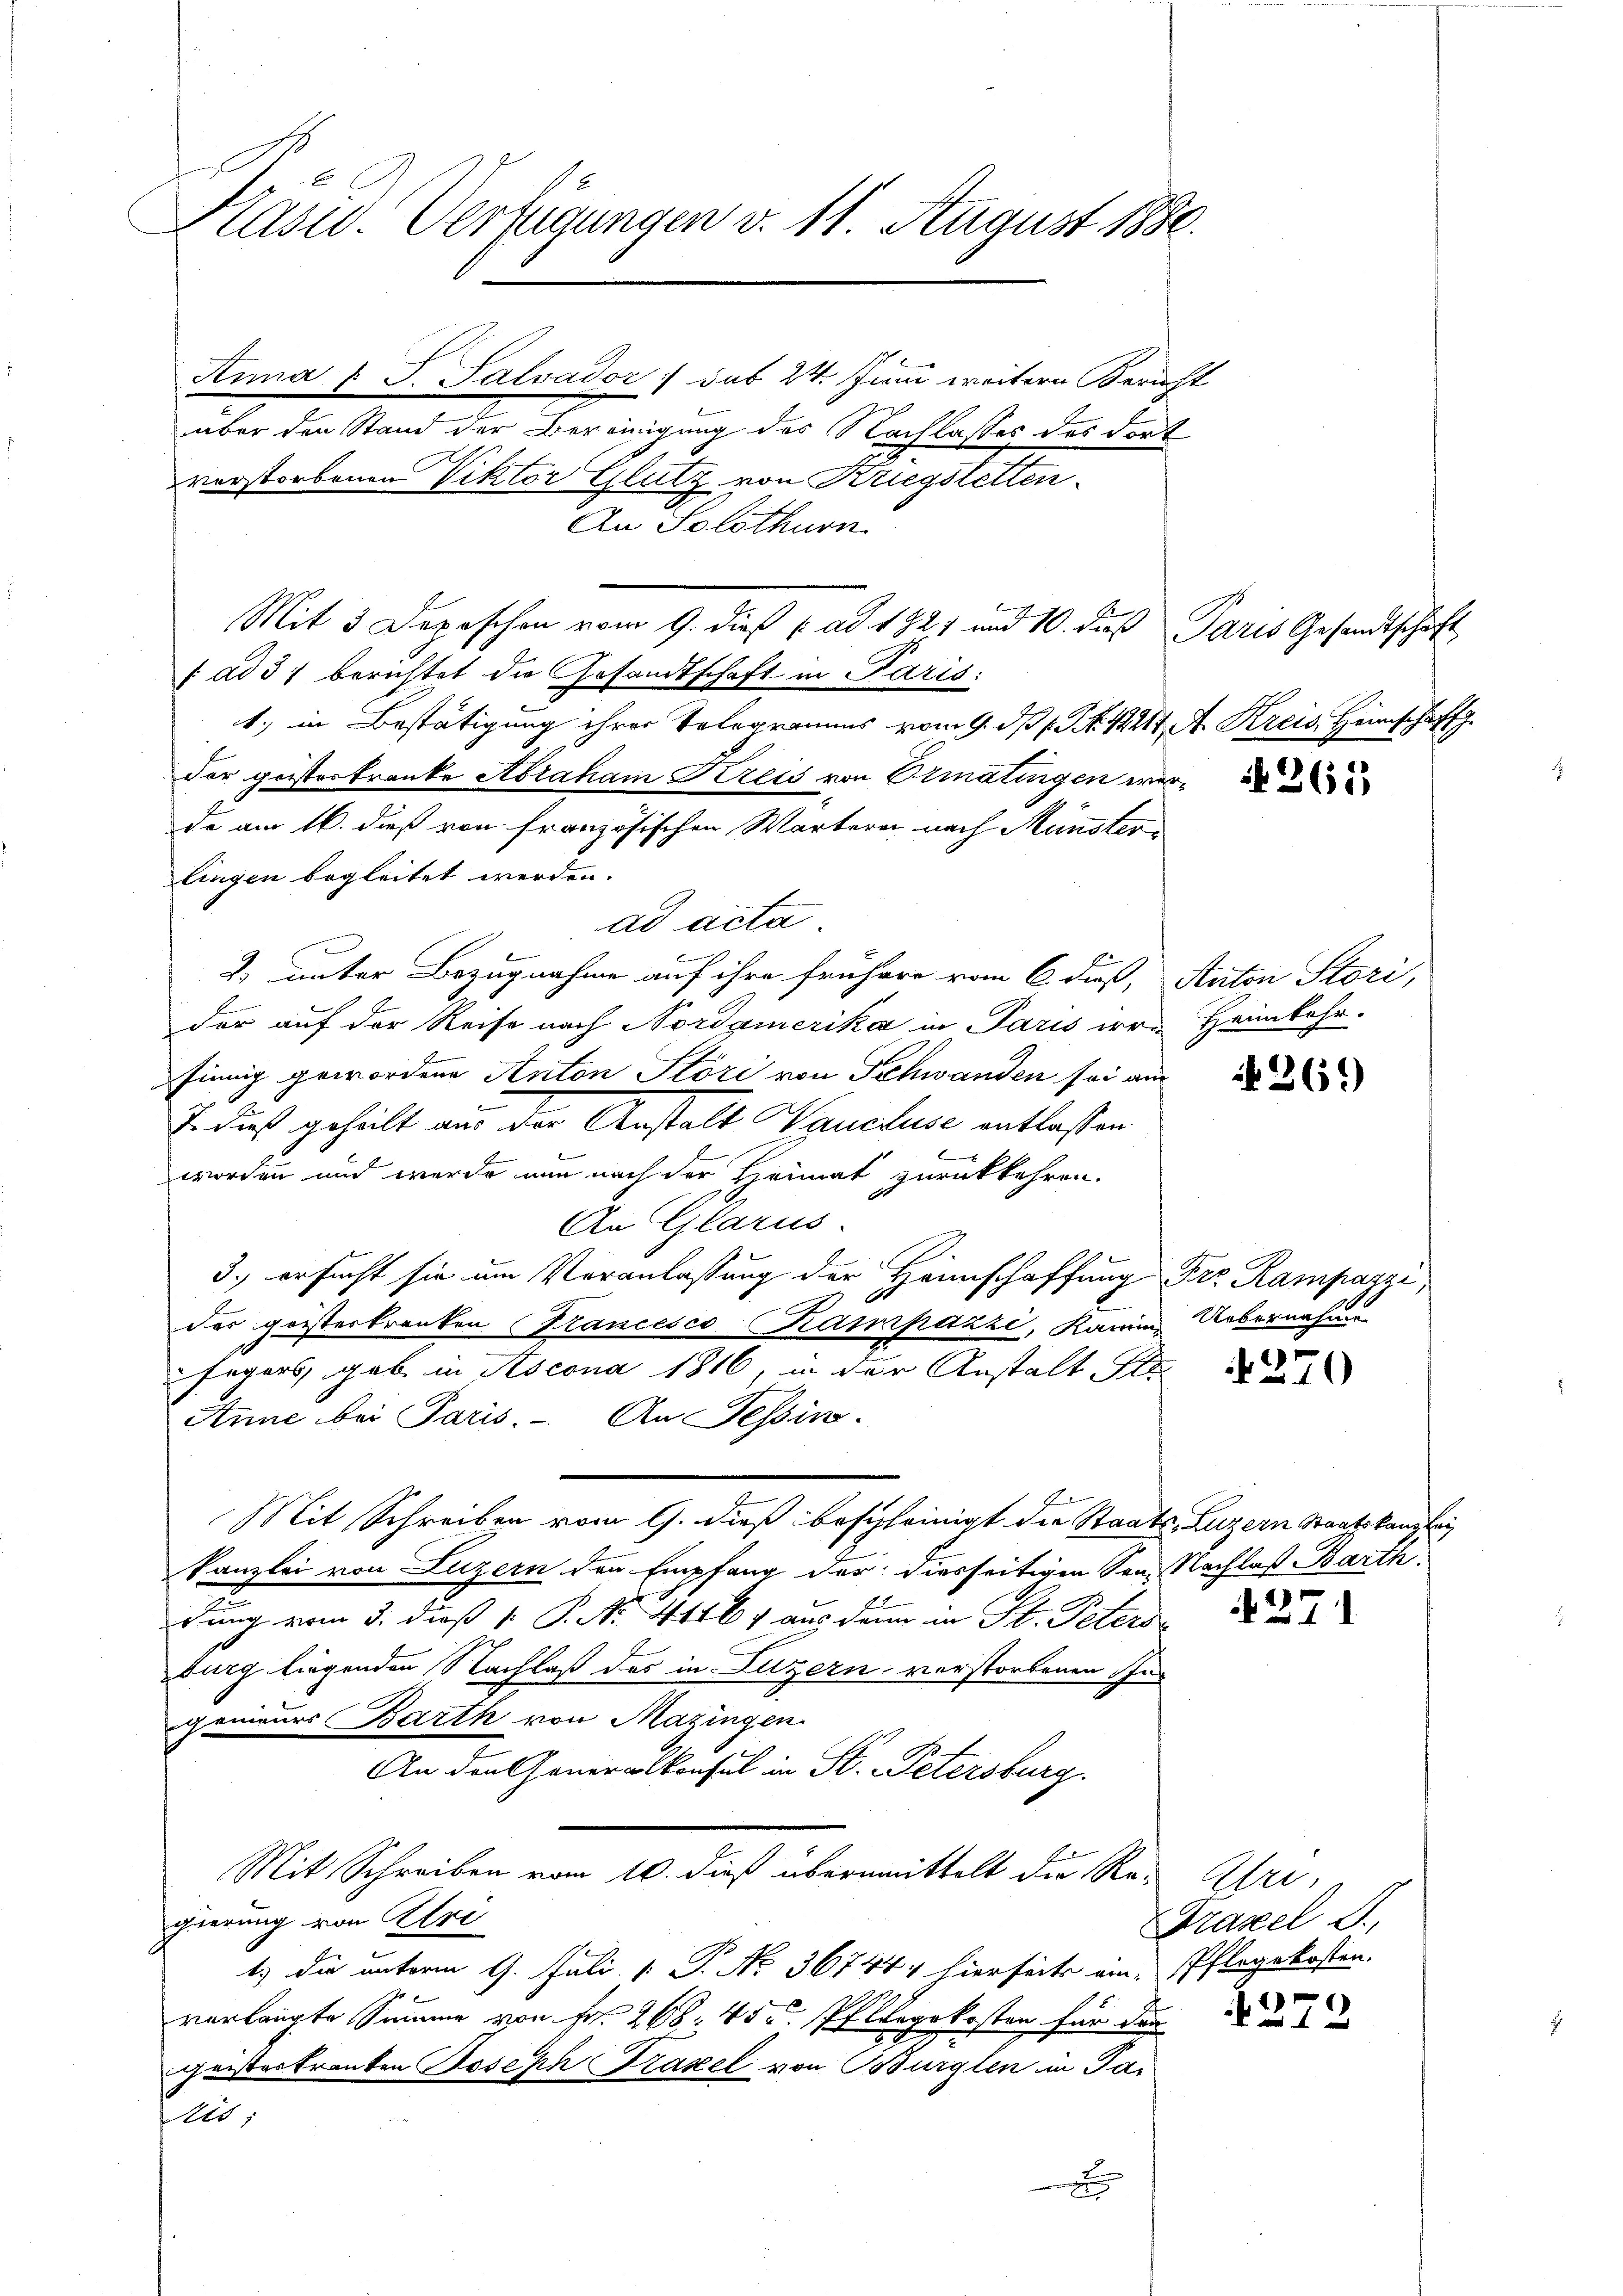
Kasw. Verfügungen v. 11. August 1880.

Anna & J. Salvador :/ das 24. Juni weitern Bericht
über den Stand der Bereinigung des Nachlasses des dort
verstorbenen Viktor Glutz von Kriegstetten
An Solothurn
Mit 3 Depeschen vom 9. dieß ( ad 1927 und 10. daß Paris Gesandtschaft
f ad 37 berichtet die Gesandtschaft in Paris
1., in Bestätigung ihrer Telegramms vom 9. dß (S. 221, A. Kreis Heimschaff
der gesterkranke Abraham Kreis von Ermatingen werde am 16. dieß von französischen Wärterei nach Münster
lingen begleitet werden.
ad acta
2. unter Bezugnahme auf ihre frühere vom 6. dieß, Anton Stori,
l
der auf der Reise nach Nordamerika in Paris irre Heimkehr.
finnig gewordene Anton Störi von Schwanden sei am
J. dieß geheilt an der Anstalt Waucluse entlassen
worden und werde nun nach der Heimat zurückkehren.
An Glarus.
3.) ersucht sie um Veranlassung der Heimschaffung Fr. Rampazzi,
das geisterkranken Francesco-Kampazzi, Kamin Uebernahme
fegers, gab in Ascona 1816, in der Anstalt Ste
Anne bei Paris. An Tessin.
Mit Schreiben vom 9. dieß beschleinigt die Staats-, Luzern Staatskanzlei
kanzlei von Luzern den Empfang der diesseitigen Son Nachlaß Barth.
dung vom 3. dieß 1. P. No. 41164 aus dann in St. Peters
burg liegenden Nachlaß des in Luzern verstorbenen Ingenieurs Barth von Mazingen
An den Generalkonsul in St. Petersburg.
Mit Schreiben vom 10. dieß übermittelt die Re- Uri-
gierung von Ulri
1) die unterm 9. Juli [ P. No. 367444 hierseits eine Pflegekosten.
verlangte Summe von Fr. 268 45 u. Pflegekosten für den
geisteskranken Joseph Grazel von Bürglen in Paflli
d

N 261

if. 261)

270

271

Fraxel J.,

1272